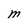
Character: M